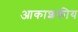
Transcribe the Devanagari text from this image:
आकाशकीय